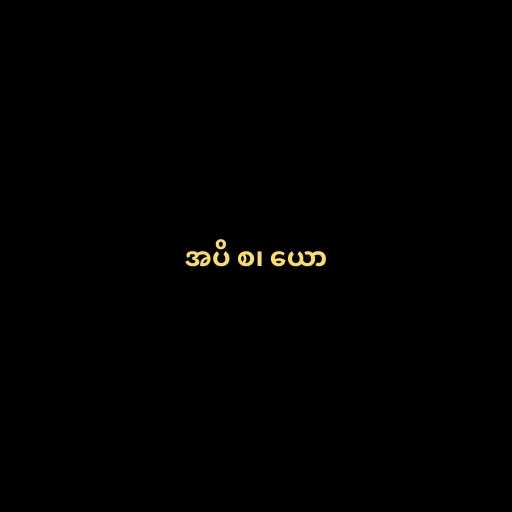
အပိ စ၊ ယော